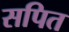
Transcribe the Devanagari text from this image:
सपित